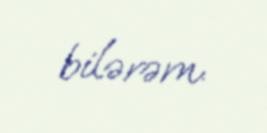
bilərəm.